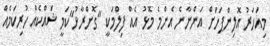
މިއަހަރު އޮލިންޕަހަށް އަންނާނެ އެންމެ މޮޅު އެއް ފިލްމަކީ "ގޮށްރާޅު"ކަމީ ޝައްކެއް ހުރިކަމެއް